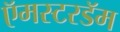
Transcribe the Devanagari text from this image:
ऍमस्टरडॅम